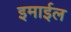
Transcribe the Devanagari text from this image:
इमाईल